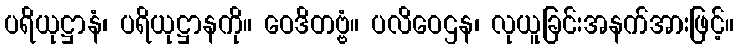
ပရိယုဋ္ဌာနံ၊ ပရိယုဋ္ဌာနကို။ ဝေဒိတဗ္ဗံ။ ပလိဝေဌန၊ လုယူခြင်းအနက်အားဖြင့်။